Proceedings of the meeting of veterinary officers in India
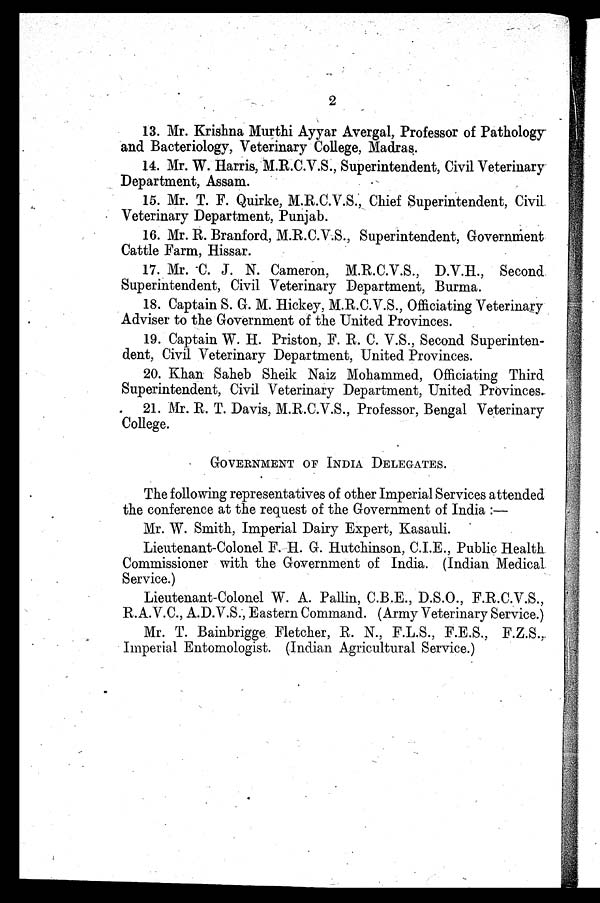
2
13. Mr. Krishna Murthi Ayyar Avergal, Professor of Pathology
and Bacteriology, Veterinary College, Madras.
14. Mr. W. Harris, M.R.C.V.S., Superintendent, Civil Veterinary
Department, Assam.
15. Mr. T. F. Quirke, M.R.C.V.S., Chief Superintendent, Civil
Veterinary Department, Punjab.
16. Mr. R. Branford, M.R.C.V.S., Superintendent, Government
Cattle Farm, Hissar.
17. Mr. C. J. N. Cameron, M.R.C.V.S., D.V.H., Second
Superintendent, Civil Veterinary Department, Burma.
18. Captain S. G. M. Hickey, M.R.C.V.S., Officiating Veterinary
Adviser to the Government of the United Provinces.
19. Captain W. H. Priston, F. R. C. V.S., Second Superinten-
dent, Civil Veterinary Department, United Provinces.
20. Khan Saheb Sheik Naiz Mohammed, Officiating Third
Superintendent, Civil Veterinary Department, United Provinces.
21. Mr. R. T. Davis, M.R.C.V.S., Professor, Bengal Veterinary
College.
GOVERNMENT OF INDIA DELEGATES.
The following representatives of other Imperial Services attended
the conference at the request of the Government of India:—
Mr. W. Smith, Imperial Dairy Expert, Kasauli.
Lieutenant-Colonel F. H. G. Hutchinson, C.I.E., Public Health
Commissioner with the Government of India. (Indian Medical
Service.)
Lieutenant-Colonel W. A. Pallin, C.B.E., D.S.O., F.R.C.V.S.,
R.A.V.C., A.D.V.S., Eastern Command. (Army Veterinary Service.)
Mr. T. Bainbrigge Fletcher, R. N., F.L.S., F.E.S., F.Z.S.,
Imperial Entomologist. (Indian Agricultural Service.)